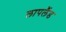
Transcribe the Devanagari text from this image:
लापलैंड